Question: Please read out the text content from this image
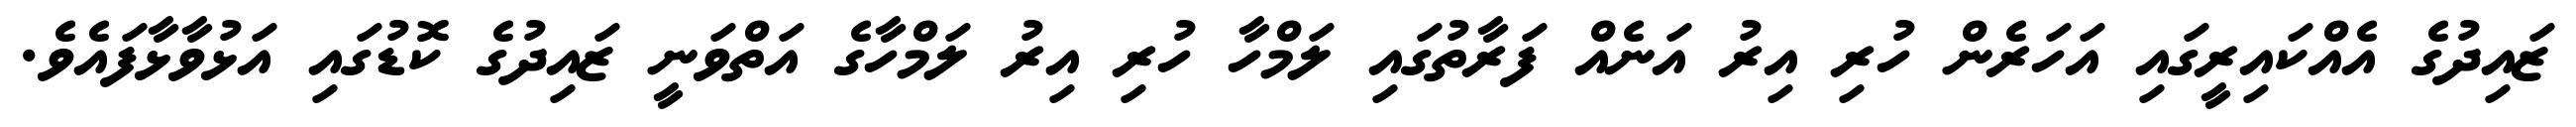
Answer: ޒައިދުގެ އެއްކައިރީގައި އަހަރެން ހުރި އިރު އަނެއް ފަރާތުގައި ލަމްހާ ހުރި އިރު ލަމްހާގެ އަތްވަނީ ޒައިދުގެ ކޮޑުގައި އަޅުވާޅާފައެވެ.